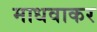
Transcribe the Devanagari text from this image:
माधवाकर